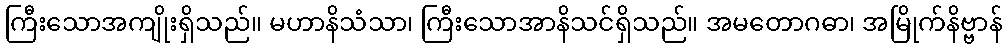
ကြီးသောအကျိုးရှိသည်။ မဟာနိသံသာ၊ ကြီးသောအာနိသင်ရှိသည်။ အမတောဂဓာ၊ အမြိုက်နိဗ္ဗာန်